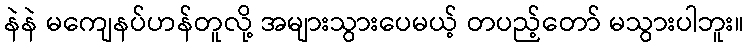
နဲနဲ မကျေနပ်ဟန်တူလို့ အများသွားပေမယ့် တပည့်တော် မသွားပါဘူး။